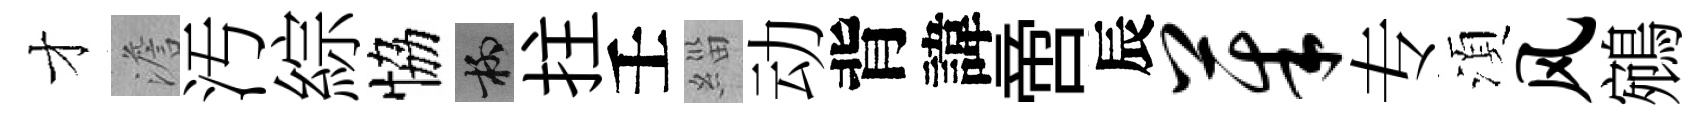
才澹汚綜恊柳拄壬緇动背諱啻辰茱专湏风鵷